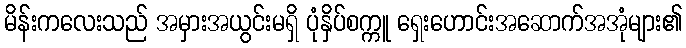
မိန်းကလေးသည် အမှားအယွင်းမရှိ ပုံနှိပ်စက္ကူ ရှေးဟောင်းအဆောက်အအုံများ၏